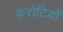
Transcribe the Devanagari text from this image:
करोटियाँ